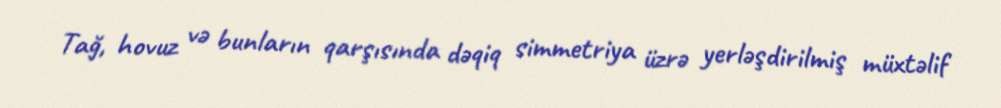
Tağ, hovuz və bunların qarşısında dəqiq simmetriya üzrə yerləşdirilmiş müxtəlif